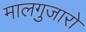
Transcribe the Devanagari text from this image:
मालगुजारो